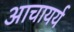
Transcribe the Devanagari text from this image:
आचायर्य